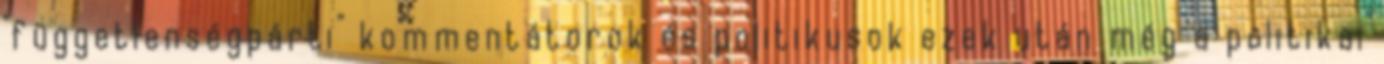
"függetlenségpárti" kommentátorok és politikusok ezek után még a politikai